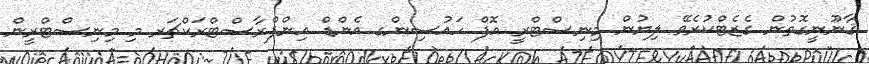
ޤާނޫނީގޮތުން ގެޒެޓްކުރެވޭ ލިޔުން މިނިސްޓްރީ އޮފް ހައުސިންގ އެންޑް އިންފްރާސްޓްރަކްޗަރ މި މިނިސްޓްރީން